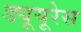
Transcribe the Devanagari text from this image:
ड्यूयूरेस